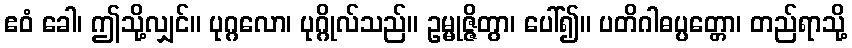
ဧဝံ ခေါ၊ ဤသို့လျှင်။ ပုဂ္ဂလော၊ ပုဂ္ဂိုလ်သည်။ ဥမ္မုဇ္ဇိတွာ၊ ပေါ်၍။ ပတိဂါဓပ္ပတ္တော၊ တည်ရာသို့